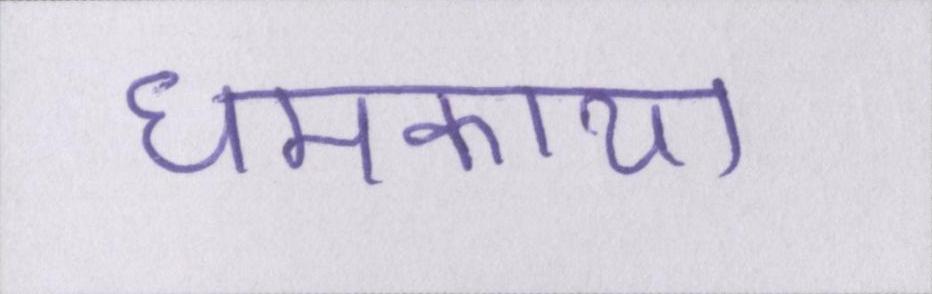
धमकाया